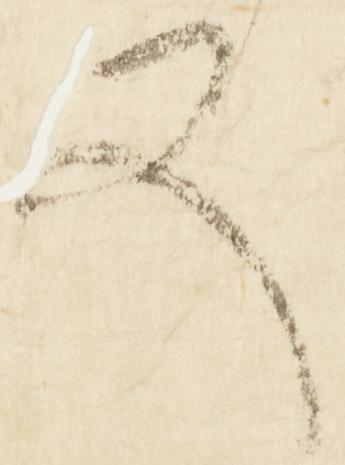
又